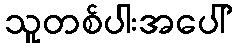
သူတစ်ပါးအပေါ်